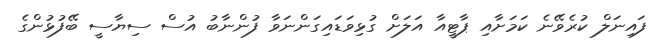
ފައިނަލް ކުރެވޭނެ ކަމަށާއި ޕާޓީއާ އަލަށް ގުޅިވަޑައިގަންނަވާ ފުންނާބު އުސް ސިޔާސީ ބޭފުޅުންގެ